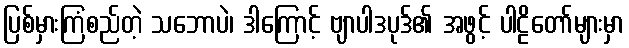
ပြစ်မှားကြံစည်တဲ့ သဘောပဲ၊ ဒါကြောင့် ဗျာပါဒပုဒ်၏ အဖွင့် ပါဠိတော်များမှာ